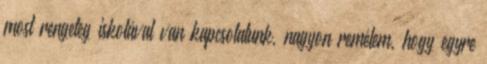
most rengeteg iskolával van kapcsolatunk, nagyon remélem, hogy egyre